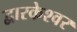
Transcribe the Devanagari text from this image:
द्वारकेश्वर